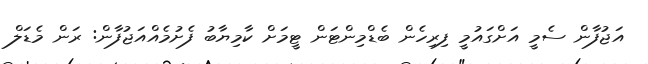
އަޖުފާން ސެމީ އަށްގައުމީ ފިރިހެން ބެޑްމިންޓަން ޓީމަށް ކާމިޔާބު ފެށުމެެއްއަޖުފާން: ރަން މެޑަލް